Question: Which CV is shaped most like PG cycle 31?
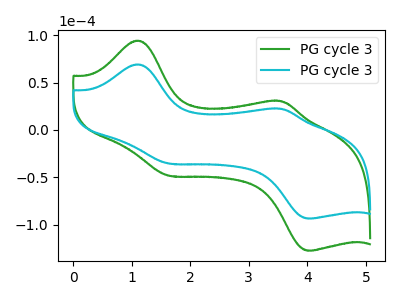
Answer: <think>The green curve "PG cycle 31" has anodic peaks at (1.10V, 94.35uA) (3.55V, 30.40uA) and cathodic peaks at (1.65V, -48.15uA) (4.05V, -127.50uA). The cyan curve "PG cycle 32" has anodic peaks at (1.10V, 69.25uA) (3.55V, 22.30uA) and cathodic peaks at (1.65V, -35.30uA) (4.05V, -93.55uA).
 All the peaks in "PG cycle 31" have a peak in "PG cycle 32" at the same potential. Every peak in "PG cycle 31" is higher than every peak in "PG cycle 32".</think>
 <answer>The CV with the most similar shape to "PG cycle 32" is "PG cycle 31".</answer>
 <eval>"PG cycle 31"</eval>